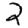
Digit: 2